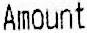
AMOUNT